Report on malaria in the Punjab during the year ...  together with an account of the work of the Punjab Malaria Bureau - Volume 5
Disease focus: Malaria
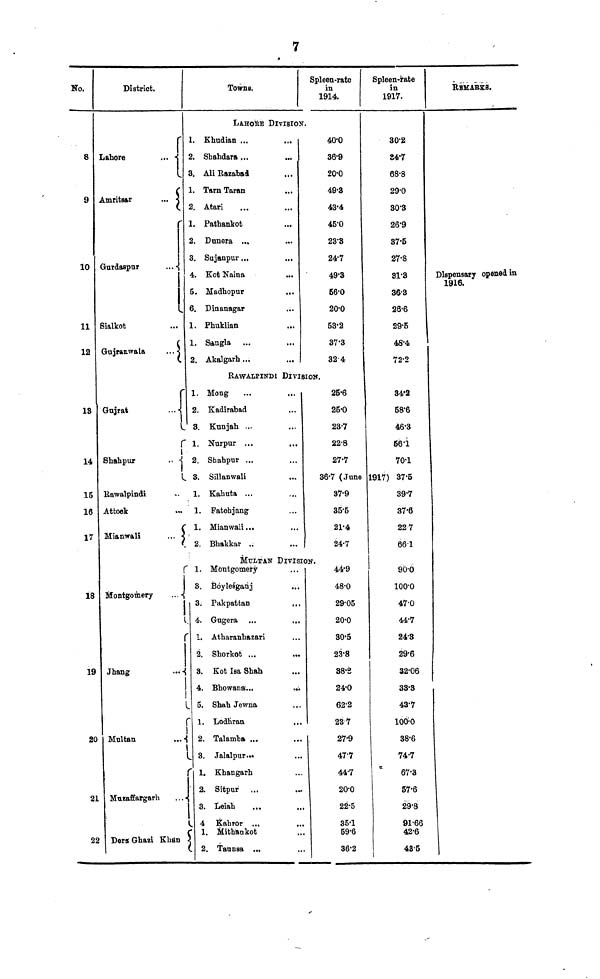
Ko.
8
9
10
11
12
13
14
15
16
17
18
19
20
2
2
District.
r
Lahore
...
L
Amritsar
...
r
Gurdaspur
L
Sialkot
Gujrauwala
...
Gujrat
...
7
Towns.
Spleen-rate
in
1914.
LAHORE DIVISION.
1. Khudian ...
2. Shahdara ...
3. Ali Razabad
1. Tarn Taran
2. Atari
1. Pathankot
2. Dunera ...
3. Sujanpur ....
4. Kot Naina
...
5. Madhopur
...
6. Dinanagar
1. Phuklian
1. Sangla
2. Akalgarh ...
40.0
36.9
20.0
49.3
43.4
45.0
23'3
24.7
49.3
66.0
20.0
53.2
37.3
32.4
RAWALPINDI DIVISION.
1. Mong
2. Kadirabad
3. Kunjah ...
1. Nurpur ...
Shahpur
..
2. Shahpur ...
3. Sillanwali
Rawalpindi
..
1. Kahuta ...
Attook
1. Fatehjang
1. Mianwaii...
2. Bhakkar
MULTAN DlVIS
1.
Montgomery
Montgomery
Jhang
) Multan
Muzaffargarh
Dera Ghazi Khan
2.
Boylesganj
3. Pakpatfcan
4. Gugera
1. Atharanhazari
2. Shorkot ...
..
3. Kot Isa Shah
4. Bhowana...
5. Shah Jewna
1. Lodhran
2. Talamba ...
3. Jalalpur.
1. Khangarh
2. Sitpur
3. Leiah
4 Kahror ...
1. Mithankot
2. Taunsa ...
25.6
25.0
23.7
22.8
27.7
36.7 (June
37.9
355
21.4
24.7
ION.
44.9
48.0
29.05
20.0
30.5
23.8
38.8
24.0
62.2
23 7
27.9
47.7
44.7
20.0
22.5
35.1
59.6
36.2
Spleen-rate
in
1917.
30.2
84.7
68.8
29.0
30.3
26.9
87.5
27.8
81.3
36.3
26.6
29.5
48.4
72.2
34.2
58.6
46.3
56.1
70.-1
1917) 37.5
39.7
37.6
22 7
661
90.0
100.0
47.0
44.7
243
29.6
32.06
33.3
43.7
100.0
38.6
74.7
67.3
57.6
29.8
91.66
42.6
48.5
REMARKS.
Dispensary opened in
1916.